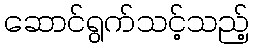
ဆောင်ရွက်သင့်သည့်